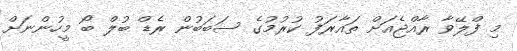
މި ފްލޭވާ ރާއްޖެއަށް ތައާރަފު ކުރުމުގެ ސަބަބުން ރެޑް ބުލް ބޯ މީހުންނަށް